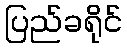
ပြည်ခရိုင်